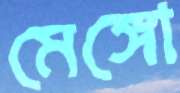
মেঙ্গো